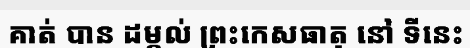
គាត់ បាន ដម្កល់ ព្រះកេសធាតុ នៅ ទីនេះ